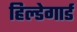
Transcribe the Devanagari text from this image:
हिल्डेगार्ड